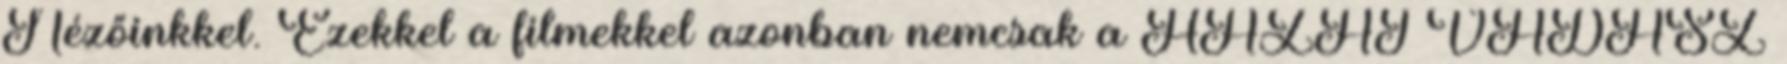
Nézőinkkel. Ezekkel a filmekkel azonban nemcsak a HAZAI VADÁSZ